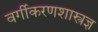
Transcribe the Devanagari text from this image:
वर्गीकरणशास्त्रज्ञ